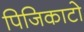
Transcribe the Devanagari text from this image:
पिजिकाटो